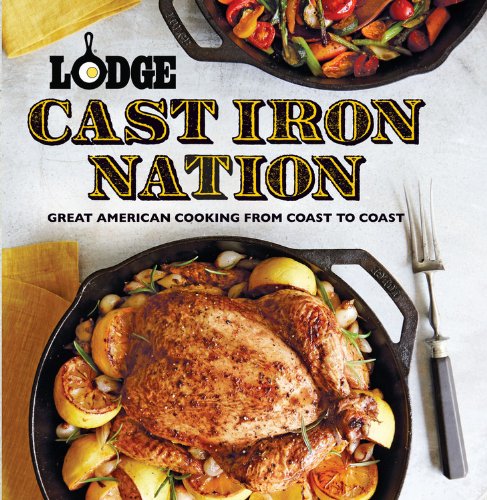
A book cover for Lodge Cast Iron Nation: Great American Cooking from Coast to Coast; The Lodge Company; Cookbooks, Food & Wine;